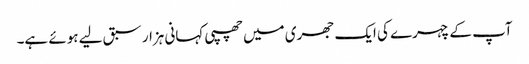
آپ کے چہرے کی ایک جھری میں چھپی کہانی ہزار سبق لیے ہوئے ہے۔